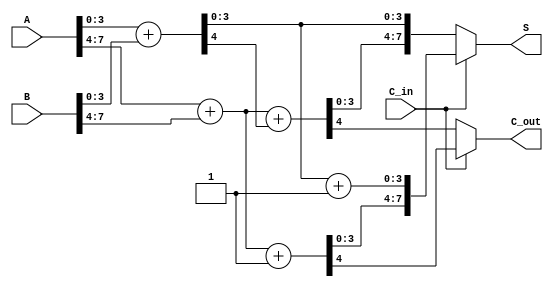
module carry_select_adder (
    input [7:0] A,        // 8-bit input A
    input [7:0] B,        // 8-bit input B
    input C_in,           // Carry-in
    output [7:0] S,       // 8-bit sum output
    output C_out          // Carry-out
);

    wire [3:0] S0, S1;    // Sums when C_in = 0
    wire C0, C1;          // Carry-outs when C_in = 0
    wire [3:0] S0p, S1p;  // Sums when C_in = 1
    wire C0p, C1p;        // Carry-outs when C_in = 1

    // Block 0 (LSB)
    // C_in = 0
    assign {C0, S0} = A[3:0] + B[3:0];
    // C_in = 1
    assign {C0p, S0p} = A[3:0] + B[3:0] + 1'b1;

    // Block 1 (MSB)
    // C_in = 0
    assign {C1, S1} = A[7:4] + B[7:4] + C0;
    // C_in = 1
    assign {C1p, S1p} = A[7:4] + B[7:4] + 1'b1;

    // Final selection based on C_in
    assign S = C_in ? {S1p, S0p} : {S1, S0};
    assign C_out = C_in ? C1p : C1;

endmodule